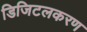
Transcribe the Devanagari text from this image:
डिजिटलकरण